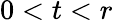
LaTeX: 0<t<r